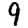
Digit: 9